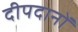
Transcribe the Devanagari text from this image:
दीपदानों